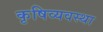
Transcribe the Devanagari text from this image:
कृषिव्‍यवस्था